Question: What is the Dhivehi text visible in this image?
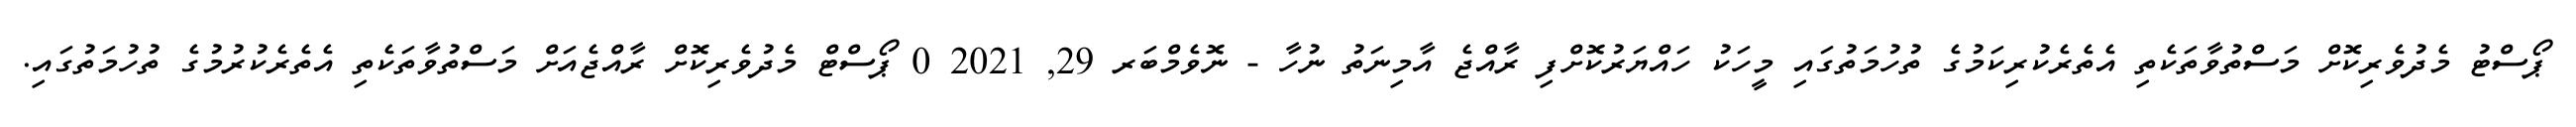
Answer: ޕޯސްޓު މެދުވެރިކޮށް މަސްތުވާތަކެތި އެތެރެކުރިކަމުގެ ތުހުމަތުގައި މީހަކު ހައްޔަރުކޮށްފި ރާއްޖެ އާމިނަތު ނުހާ - ނޮވެމްބަރ 29, 2021 0 ޕޯސްޓް މެދުވެރިކޮށް ރާއްޖެއަށް މަސްތުވާތަކެތި އެތެރެކުރުމުގެ ތުހުމަތުގައި.